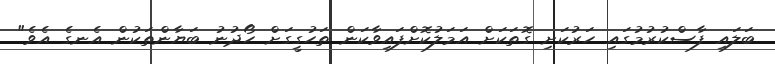
ބަލައި ފާސްކުރުމުގައި ހަރުކަށި ގޮތަކަށް އަމަލުކޮށްފައިވާކަން ތަހުގީގަށް ހޯދުނު ބަޔާންތަކުން އެނގެ އެވެ"